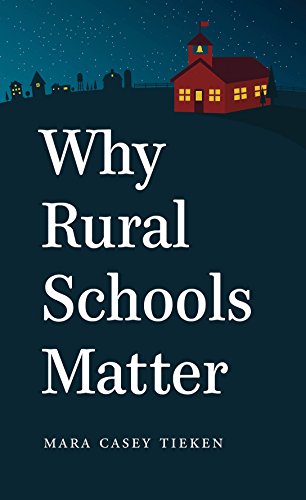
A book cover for Why Rural Schools Matter; Mara Casey Tieken; Politics & Social Sciences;